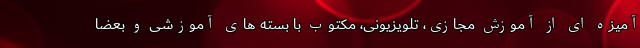
آمیزه ای از آموزش مجازی، تلویزیونی، مکتوب با بسته های آموزشی و بعضا